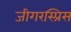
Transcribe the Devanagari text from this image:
जीगरस्प्रिस